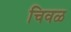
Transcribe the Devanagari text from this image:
चिवळ